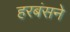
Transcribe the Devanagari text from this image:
हरबंसने